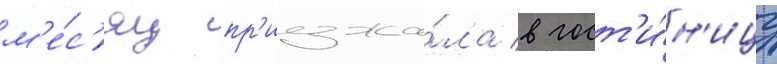
м'е́с'яц пр'иезжа́ла в гост'и́н'ицу